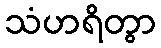
သံဟရိတွာ